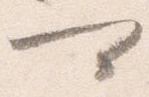
可